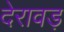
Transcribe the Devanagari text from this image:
देरावड़